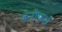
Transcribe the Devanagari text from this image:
जेनीफर्स